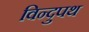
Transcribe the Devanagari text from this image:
विन्दुपथ